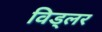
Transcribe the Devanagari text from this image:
विड्लर